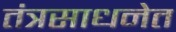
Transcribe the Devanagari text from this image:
तंत्रसाधनेत